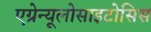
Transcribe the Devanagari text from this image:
एग्रेन्यूलोसाइटोसिस